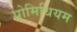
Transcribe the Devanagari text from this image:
प्रोमिथियम